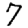
Digit: 7